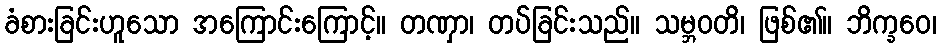
ခံစားခြင်းဟူသော အကြောင်းကြောင့်။ တဏှာ၊ တပ်ခြင်းသည်။ သမ္ဘဝတိ၊ ဖြစ်၏။ ဘိက္ခဝေ၊